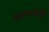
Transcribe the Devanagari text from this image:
ग्रामसभेतून